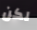
لكن